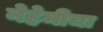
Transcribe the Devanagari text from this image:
नेहेमीचा